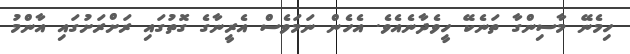
ހިމެނޭ މާސިންގާ ތަނެކޭ ހީވެދާނެއެވެ. އެހެން ނަމަވެސް އެރީނާގެ ގޮތުގައި ރަށްރަށުގައި އާންމު